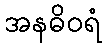
အနဓိဝရံ